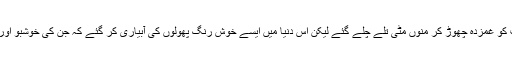
مغیث الدین شیخ اپنی اہلیہ ، اپنے بیٹے علی طاہر شیخ، دو بیٹیوں اور ہم سب کو غمزدہ چھوڑ کر منوں مٹی تلے چلے گئے لیکن اس دنیا میں ایسے خوش رنگ پھولوں کی آبیاری کر گئے کہ جن کی خوشبو اور رنگ ہزار ہا طالب علموں کی شکل میں ان کی نمایندگی کرتے رہیں گے۔